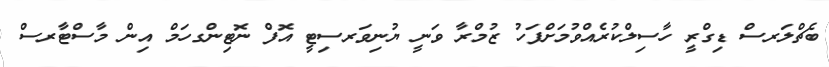
ބެޗްލަރސް ޑިގްރީ ހާސިލްކުރެއްވުމަށްފަހު ޒުމްރާ ވަނީ ޔުނިވަރސިޓީ އޮފް ނޮޓިންގހަމް އިން މާސްޓާރސް